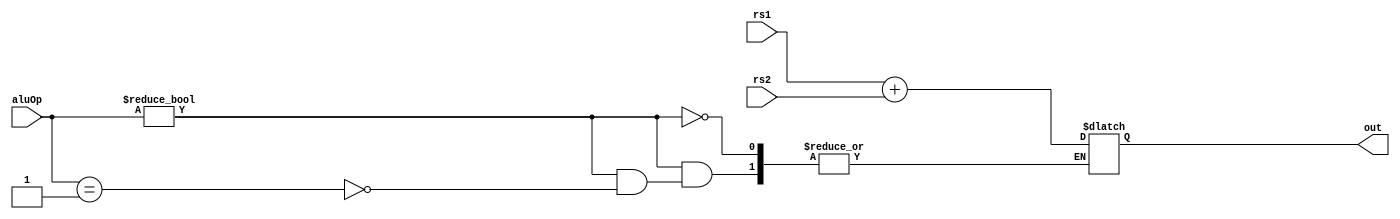
module alu #(parameter ARCH_WIDTH=64, parameter ALU_OP_WIDTH=4) (
    input wire[ALU_OP_WIDTH - 1:0] aluOp,
    input wire[ARCH_WIDTH - 1:0] rs1,
    input wire[ARCH_WIDTH - 1:0] rs2,
    output reg[ARCH_WIDTH - 1:0] out
);

always @(aluOp, rs1, rs2) begin
    if(aluOp) case (aluOp)
        1'b1: out = rs1 + rs2;
        default: $display("alu null");
    endcase 
end

endmodule